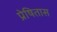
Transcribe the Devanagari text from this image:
प्रेषितास